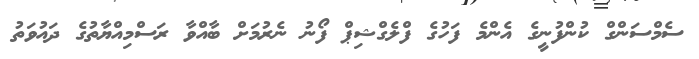
ސެމްސަންގް ކުންފުނީގެ އެންމެ ފަހުގެ ފްލެގްޝިޕް ފޯނު ނެރުމަށް ބާއްވާ ރަސްމިއްޔާތުގެ ދައުވަތު